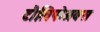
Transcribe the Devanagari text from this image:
टौलिपोअक्स